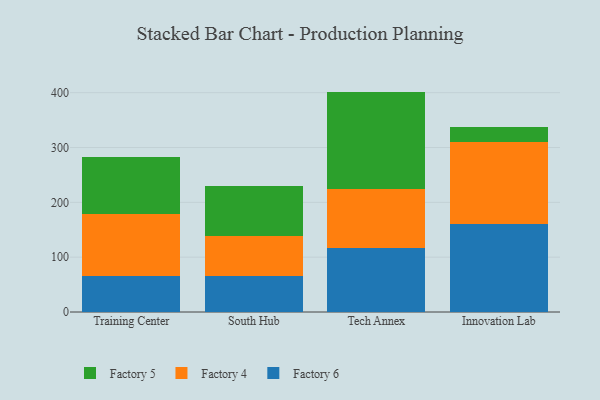
{"axis": {"x": "Campus", "y": "Revenue (USD Million)"}, "legend": ["Factory 4", "Factory 5", "Factory 6"], "data": [{"x": "Training Center", "y": 66.2, "type": "Factory 6"}, {"x": "Training Center", "y": 111.7, "type": "Factory 4"}, {"x": "Training Center", "y": 104.0, "type": "Factory 5"}, {"x": "South Hub", "y": 65.9, "type": "Factory 6"}, {"x": "South Hub", "y": 73.2, "type": "Factory 4"}, {"x": "South Hub", "y": 90.2, "type": "Factory 5"}, {"x": "Tech Annex", "y": 117.5, "type": "Factory 6"}, {"x": "Tech Annex", "y": 107.4, "type": "Factory 4"}, {"x": "Tech Annex", "y": 177.1, "type": "Factory 5"}, {"x": "Innovation Lab", "y": 161.0, "type": "Factory 6"}, {"x": "Innovation Lab", "y": 149.7, "type": "Factory 4"}, {"x": "Innovation Lab", "y": 26.1, "type": "Factory 5"}]}